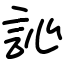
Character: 訫